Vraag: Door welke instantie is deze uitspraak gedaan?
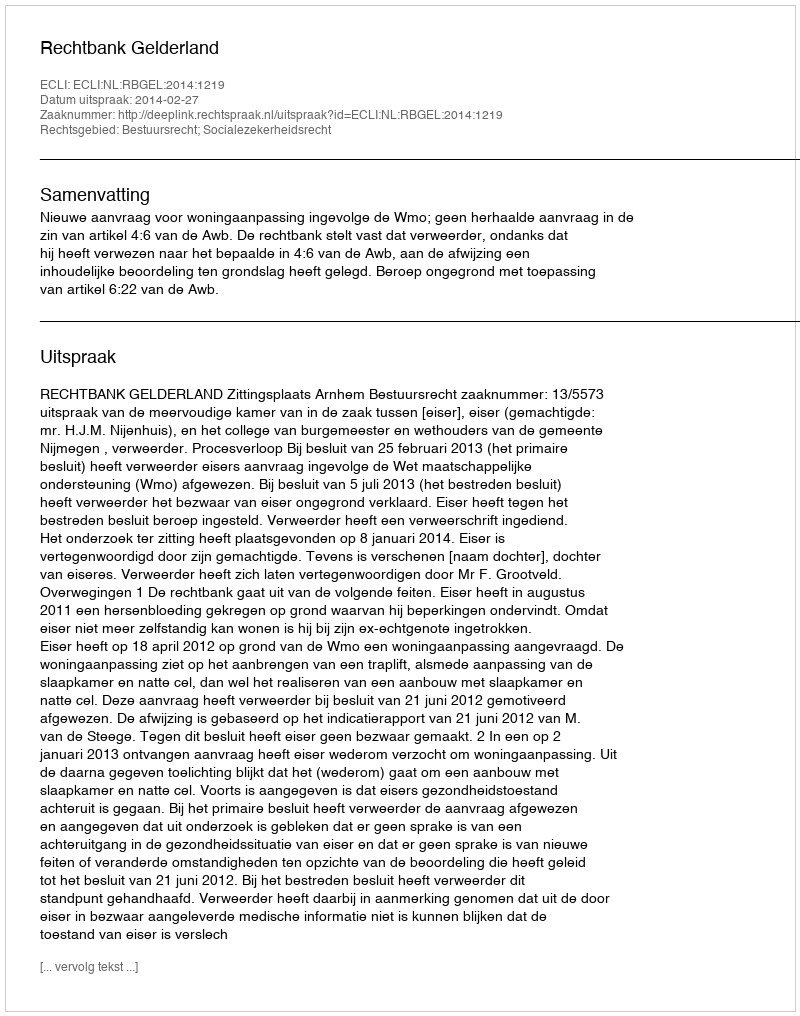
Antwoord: Rechtbank Gelderland